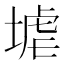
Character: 𱗒